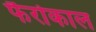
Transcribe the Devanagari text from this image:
फैरोकाल